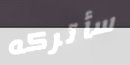
سأتركه